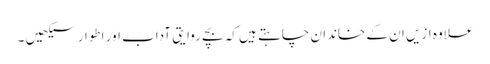
علاوہ ازیں ان کے خاندان چاہتے ہیں کہ بچے روایتی آداب اور اطوار سیکھیں ۔